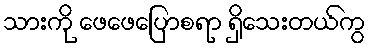
သားကို ဖေဖေပြောစရာ ရှိသေးတယ်ကွ